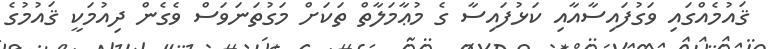
ޤައުމެއްގައި ވަގުފައިސާއާއި ކަޅުފައިސާ ގެ މުޢާމަލާތް ތަކަށް މަގުތަނަވަސް ވެގެން ދިއުމަކީ ޤައުމުގެ